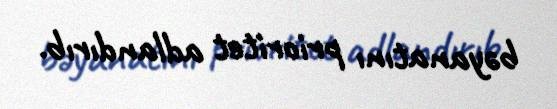
bəyanatını prioritet adlandırıb.